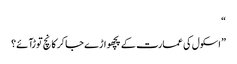
“
” اسکول کی عمارت کے پچھواڑے جا کر کانچ توڑآئے؟